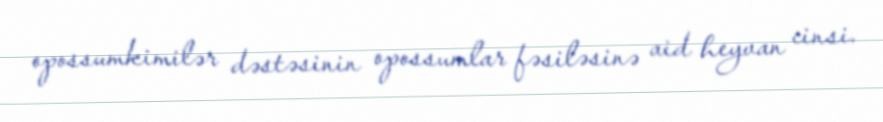
opossumkimilər dəstəsinin opossumlar fəsiləsinə aid heyvan cinsi.